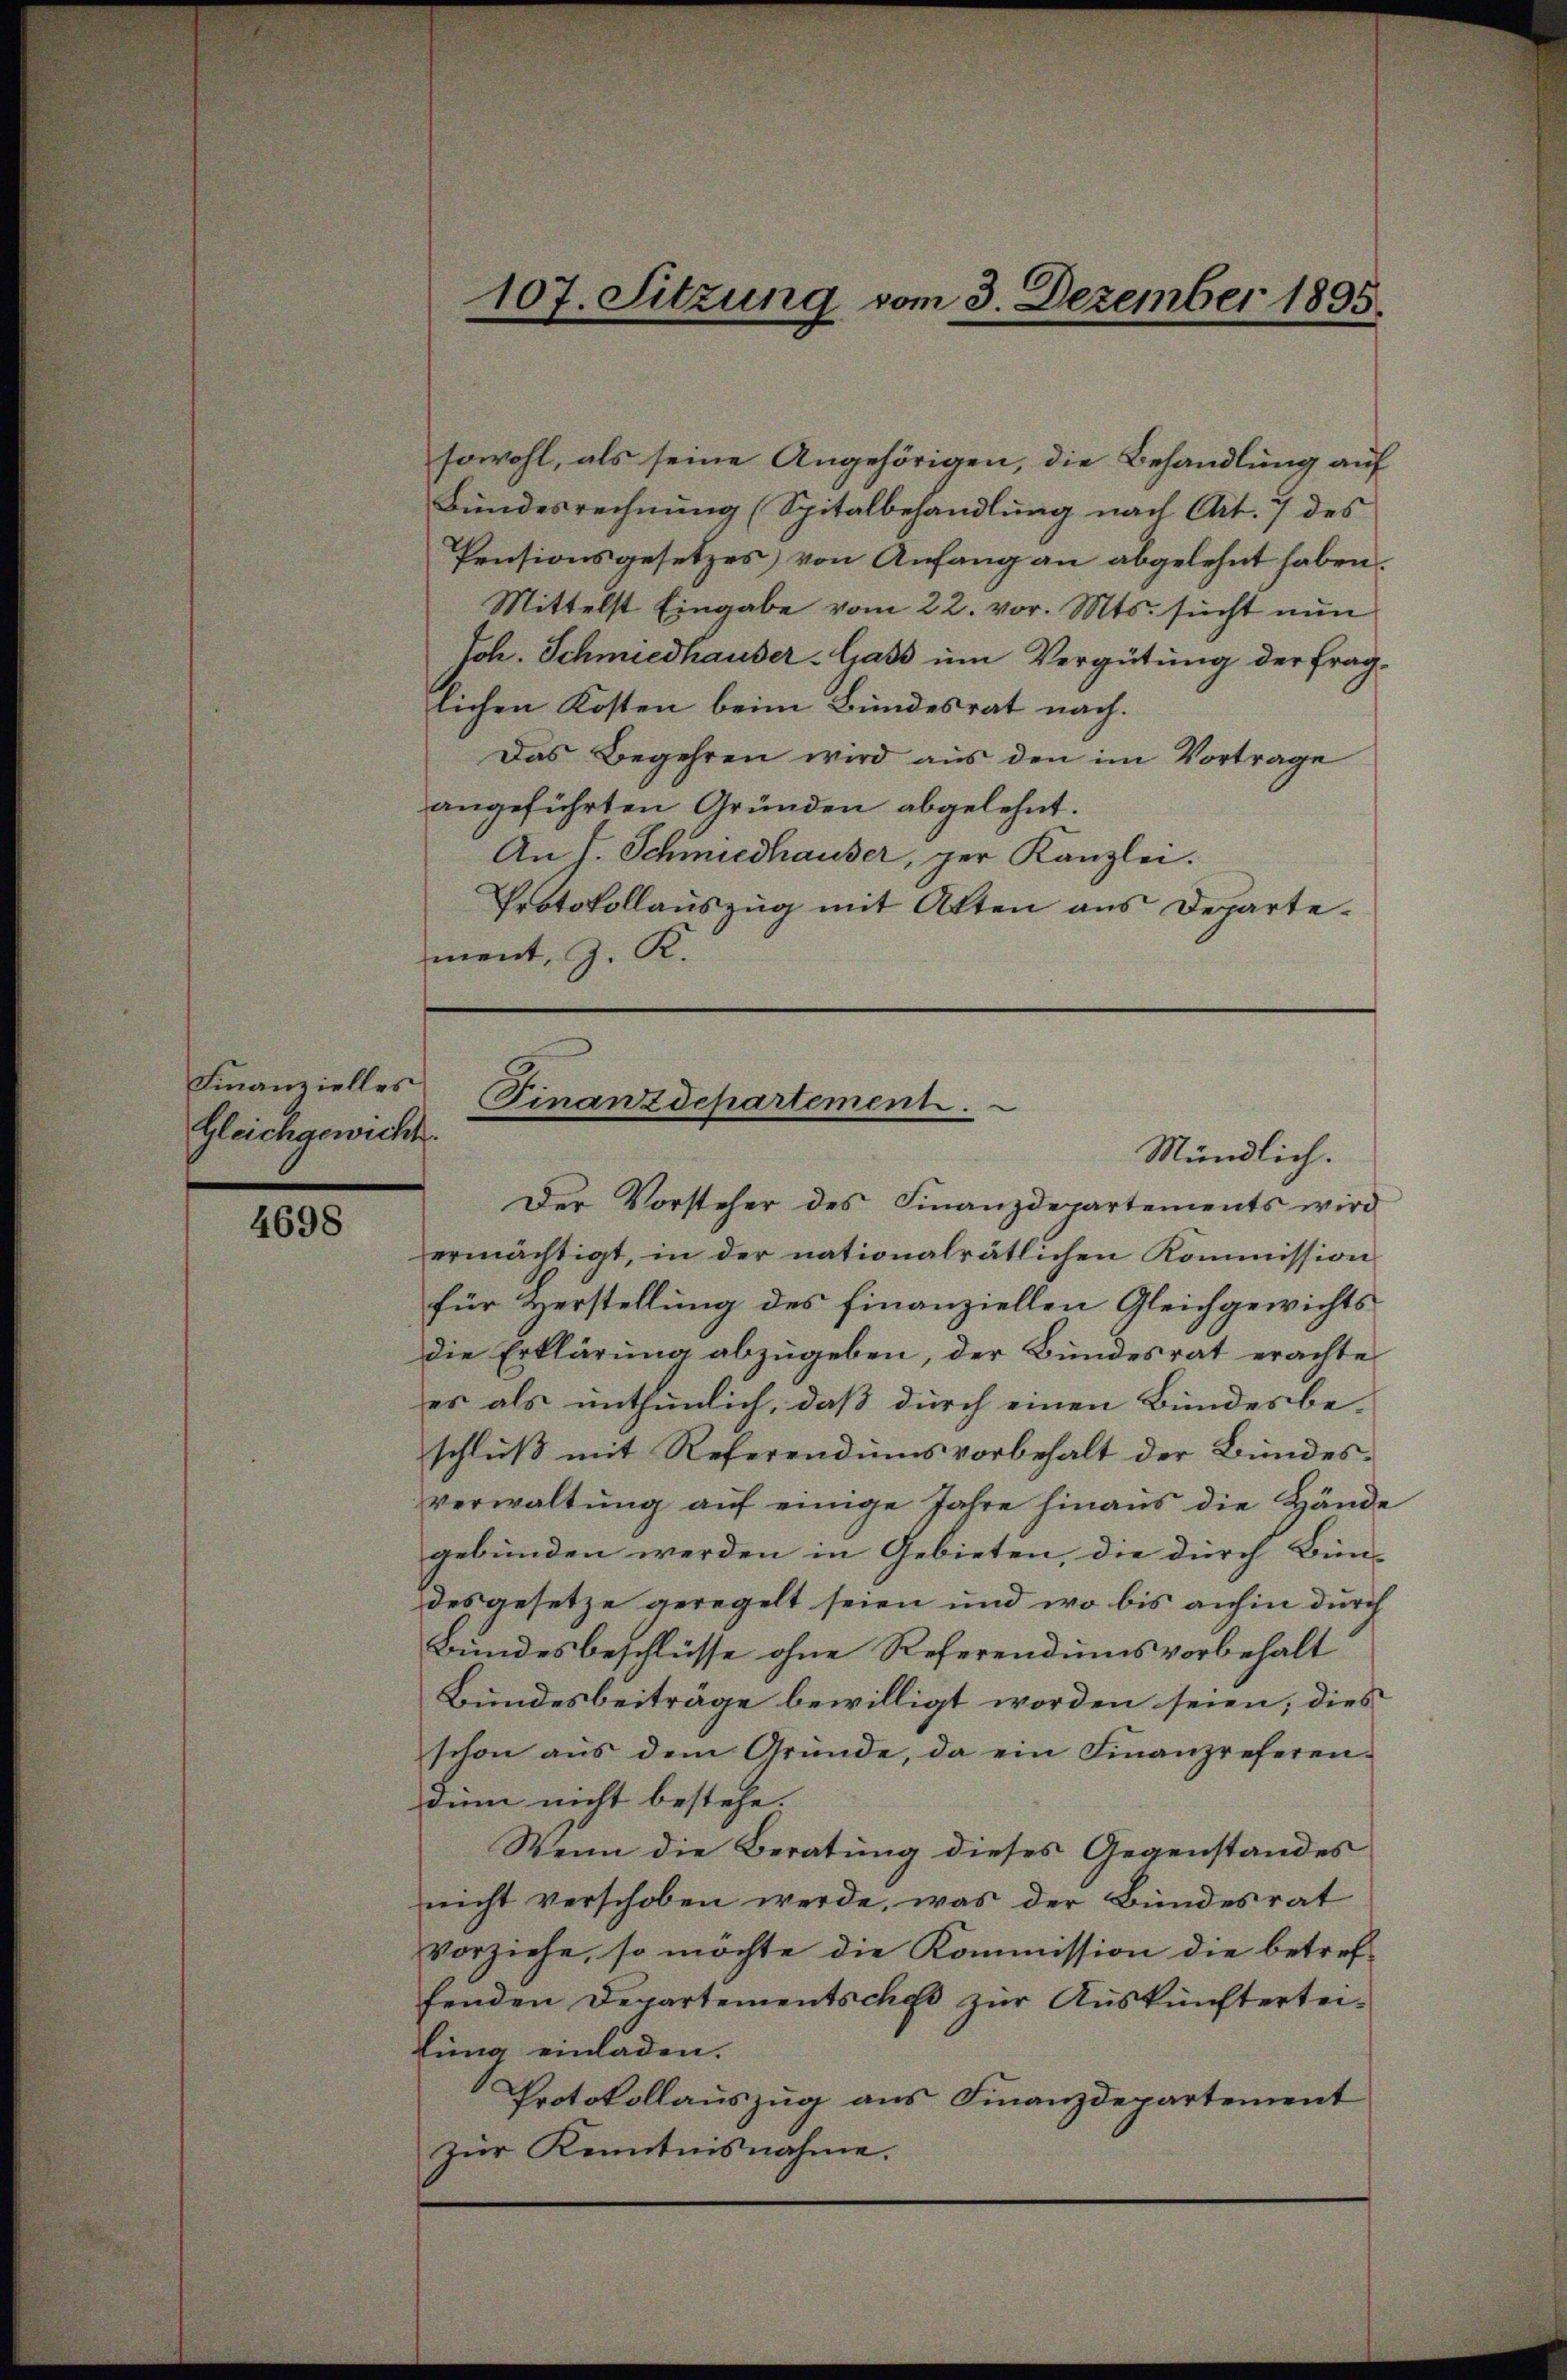
Finanzielles
gleichgewicht.

4698

sowohl, als seine Angehörigen, die Behandlung auf
Bundesrechnung (Spitalbehandlung nach Art. 7 des
Pensionsgesetzes) von Anfang an abgelehnt haben.
Mittelst Eingabe vom 22. vor. Mts. sucht nun
Joh. Schmiedhauser-Gass um Vergütung der fraglichen Kosten beim Bundesrat nach.
Das Begehren wird aus den im Vortrage
angeführten Gründen abgelehnt.
An J. Schmiedhauser, per Kanzlei.
Protokollauszug mit Atten aus Departement, z. R.
Der Vorsteher des Finanzdepartements wird
ermächtigt, in der nationalrätlichen Kommission
für Herstellung des finanziellen Gleichgewichts¬
Die Erklärung abzugeben, der Bundesrat erachtees als unthunlich, daß durch einen Bundesbe-
schluß mit Referendumsvorbehalt der Bundesverwaltung auf einige Jahre hinaus die Hände
gebunden werden in Gebieten, die durch Bün-
des gesetze geregelt seien und wo bis anhin durch
Bundesbeschlüsse ohne Referendums vorbehalt
Bundesbeiträge bewilligt worden seien; dies
schon aŭs dem Gründe, da ein Finanzreferen-
oin nicht bestehe.
Wenn die Beratung dieses Gegenstandes
nicht verschoben werde, was der Bundesrat
Vorziehe, so möchte die Kommission die betreffenden Departementsches zur Auskünfterteilung einladen.
Protokollauszug aus Finanzdepartement
zur Kenntnisnahme.

107. Sitzung vom 3. Dezember 1895.

Finanzdepartement.
Mündlich.